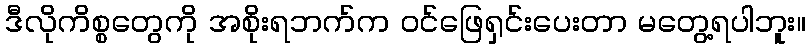
ဒီလိုကိစ္စတွေကို အစိုးရဘက်က ဝင်ဖြေရှင်းပေးတာ မတွေ့ရပါဘူး။